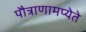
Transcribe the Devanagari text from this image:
पौत्राणामप्येते